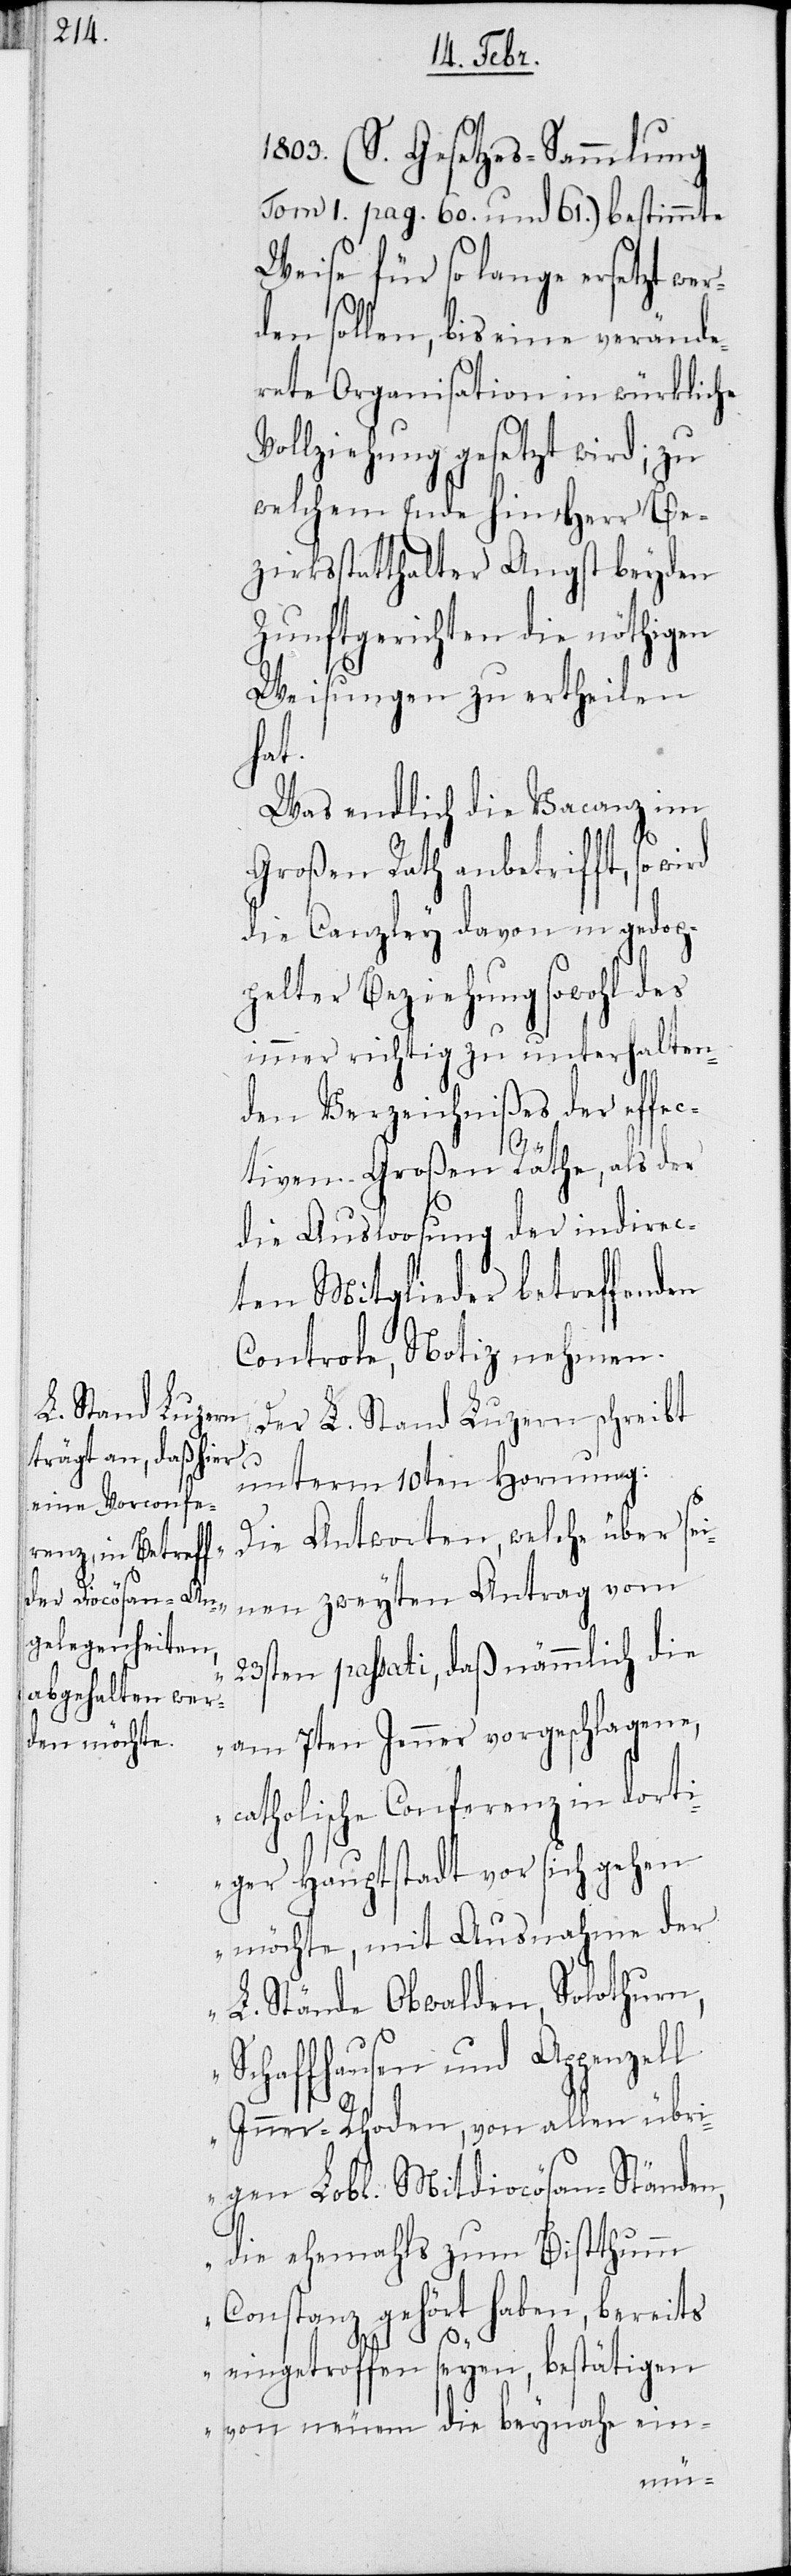
1803. (S. Gesetzes-Sammlung
Tom I. pag. 60. und 61.) bestimmte
Weise für so lange ersetzt wer¬
den sollen, bis eine verände¬
rete Organisation in würkliche
Vollziehung gesetzt wird; zu
welchem Ende hin Herr Be¬
zirksstatthalter Angst beyden
Zunftsgerichten die nöthigen
Weisungen zu ertheilen
hat.
Was endlich die Vacanz im
Großen Rath anbetrifft, so
die Canzley davon in gedop¬
pelter Beziehung sowohl des
immer richtig zu unterhalten¬
den Verzeichnißes der effec¬
tiven Großen Räthe, als der
die Ausloosung der indirec¬
ten Mitglieder betreffenden
Controle, Notiz nehmen.
Der L. Stand Luzern schreibt
unterm 10ten Hornung:
„Die Antworten, welche über sei¬
nen zweyten Antrag vom
23sten passati, daß nämmlich die
am 7ten Jenner vorgeschlagene,
catholische Conferenz in dorti¬
ger Hauptstadt vor sich gehen
möchte, mit Ausnahme der
L. Stände Obwalden, Solothurn,
Schaffhausen und Appenzell
Inner-Rhoden, von allen übri¬
gen Lobl. Mitdiocösan-Ständen,
die ehemals zum Bistthumm
Constanz gehört haben, bereits
eingetroffen seyen, bestätigen
von neuem die beynahe ein-